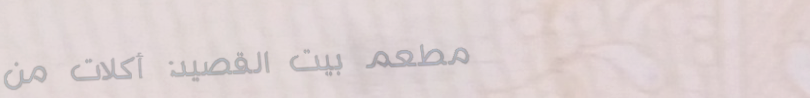
مطعم بيت القصيد: أكلات من